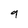
Character: 9